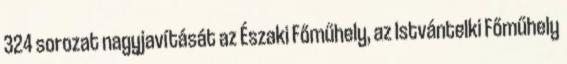
324 sorozat nagyjavítását az Északi Főműhely, az Istvántelki Főműhely